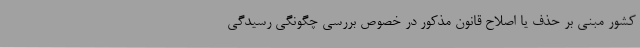
کشور مبنی بر حذف یا اصلاح قانون مذکور در خصوص بررسی چگونگی رسیدگی